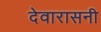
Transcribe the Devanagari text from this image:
देवारासनी